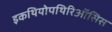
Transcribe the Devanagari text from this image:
इकथियोपथिरिऑसिस